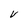
Character: V